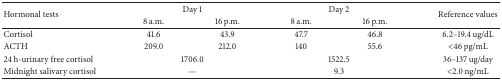
| <ROWSPAN=2> Hormonal tests | <COLSPAN=2> Day 1 | <COLSPAN=2> Day 2 | <ROWSPAN=2> Reference values |
 | 8 a.m. | 16 p.m. | 8 a.m. | 16 p.m. |
 | --- | --- | --- | --- | --- | --- |
 | Cortisol | 41.6 | 43.9 | 47.7 | 46.8 | 6.2–19.4 ug/dL |
 | ACTH | 209.0 | 212.0 | 140 | 55.6 | <46 pg/mL |
 | 24 h-urinary free cortisol | <COLSPAN=2> 1706.0 | <COLSPAN=2> 1522.5 | 36–137 ug/day |
 | Midnight salivary cortisol | <COLSPAN=2> — | <COLSPAN=2> 9.3 | <2.0 ng/mL |